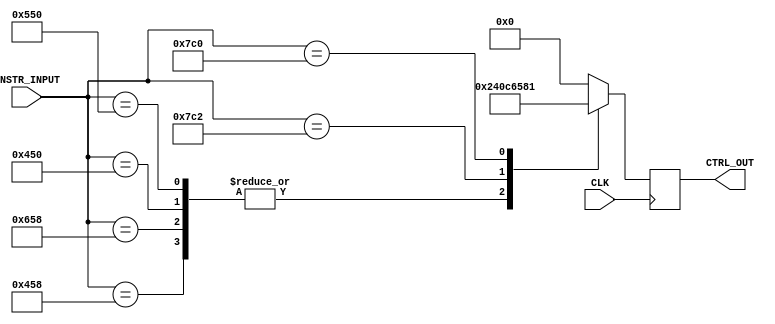
`timescale 1ns / 1ps
//////////////////////////////////////////////////////////////////////////////////
// Company: 
// Engineer: 
// 
// Design Name: 
// Module Name: CONTROL
// Project Name: 
// Target Devices: 
// Tool Versions: 
// Description: 
// 
// Dependencies: 
// 
// Revision:
// Revision 0.01 - File Created
// Additional Comments:
// 
//////////////////////////////////////////////////////////////////////////////////


module CONTROL(
        input            CLK,                       // System clk
        input      [10:0] INSTR_INPUT,               // 10 bit opcode input
        output reg [9:0] CTRL_OUT                   // Enable outputs (check bottom for description of each bit)
    );
    /** This can probably be turned into combinatorial logic */
    /* Opcode macros */
    `define OPERATION_ADD               'b10001011000
    `define OPERATION_SUB               'b11001011000
    `define OPERATION_AND               'b10001010000
    `define OPERATION_ORR               'b10101010000
    
    `define OPERATION_LDUR              'b11111000010
    `define OPERATION_STUR              'b11111000000
    
    `define OPERATION_CBZ               'b00101101000
    `define OPERATION_B                 'b00000000101
    
    always @ (posedge CLK) begin
        case (INSTR_INPUT)
            /* R-Type instructions have the same controls */
            `OPERATION_ADD: CTRL_OUT = 'b1001000000;
            `OPERATION_SUB: CTRL_OUT = 'b1001000000;
            `OPERATION_AND: CTRL_OUT = 'b1001000000;
            `OPERATION_ORR: CTRL_OUT = 'b1001000000;
            
            /* D-Type instructions */
            `OPERATION_LDUR: CTRL_OUT = 'b1100011001;
            `OPERATION_STUR: CTRL_OUT = 'b0110000001;
            
            /* Branch Instructions */
            default: CTRL_OUT = 'b0000000000;
        endcase
    end
    
    
    
    
endmodule

    /*
    CONTROL LINE OUTPUT
     0  0  0  0  0  0  0  0  0  0
    [9][8][7][6][5][4][3][2][1][0]
    9 -> REG WRITE
    8 -> ALU_SRC    (mux control)
    7 -> MEM_WRITE
    6 -> ALUOP[1]
    5 -> ALUOP[0]
    4 -> MEM_TO_REG (mux control)
    3 -> MEM_READ
    2 -> BRANCH
    1 -> UNCOND_BRANCH
    0 -> REG_2_LOCATION
    
    */